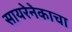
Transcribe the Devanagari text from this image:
सायरेनेकाचा